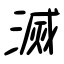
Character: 滅